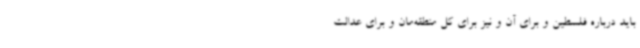
باید درباره فلسطین و برای آن و نیز برای کل منطقه‌مان و برای عدالت